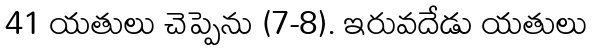
41 యతులు చెప్పెను (7-8). ఇరువదేడు యతులు